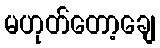
မဟုတ်တော့ချေ